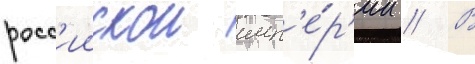
росс'иискои имп'е́р'ии // В